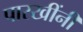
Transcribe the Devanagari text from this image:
पारखींनी